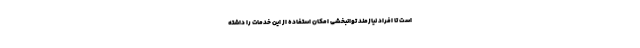
است تا افراد نیازمند توانبخشی امکان استفاده از این خدمات را داشته